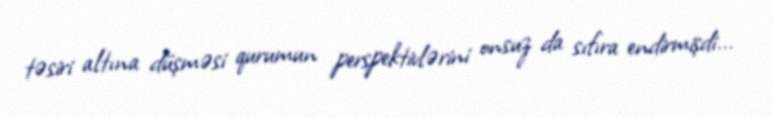
təsiri altına düşməsi qurumun perspektivlərini onsuz da sıfıra endirmişdi...